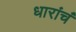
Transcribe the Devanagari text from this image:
धारांचं